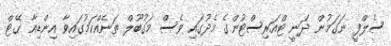
ސެލްފީ ނަގަމުން ދަނީ ޓްއަރިސްޓުންގެ މެދުގައި ވެސް މަގުބޫލް ތަނެއްކަމުގައިވާ އިންޑިއާ ގޭޓް